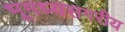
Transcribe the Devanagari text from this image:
भूमध्यसगरीय